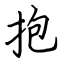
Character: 抱